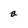
Character: a